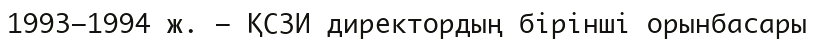
1993—1994 ж. — ҚСЗИ директордың бірінші орынбасары